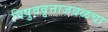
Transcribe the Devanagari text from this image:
विषुववृत्ताजवळचा